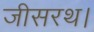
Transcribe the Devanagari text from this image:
जीसरथ।